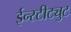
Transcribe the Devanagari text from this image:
ईन्स्टीट्युट